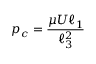
p _ { c } = \frac { \mu U \ell _ { 1 } } { \ell _ { 3 } ^ { 2 } }